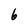
Character: 6